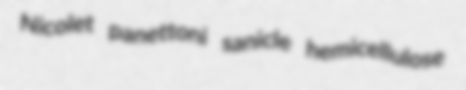
Nicolet panettoni sanicle hemicellulose